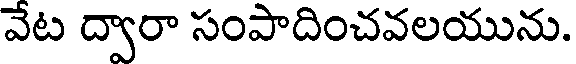
వేట ద్వారా సంపాదించవలయును.